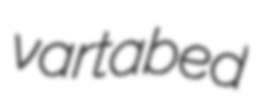
vartabed